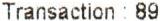
TRANSACTION : 89